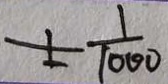
\pm \frac { 1 } { 1 0 0 0 }